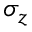
\sigma _ { z }